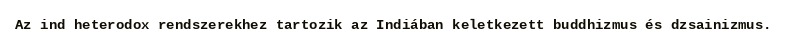
Az ind heterodox rendszerekhez tartozik az Indiában keletkezett buddhizmus és dzsainizmus.